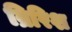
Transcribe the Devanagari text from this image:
ब्रिरिश